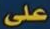
على